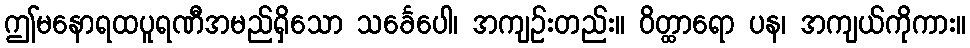
ဤမနောရထပူရဏီအမည်ရှိသော သင်္ခေပေါ၊ အကျဉ်းတည်း။ ဝိတ္ထာရော ပန၊ အကျယ်ကိုကား။